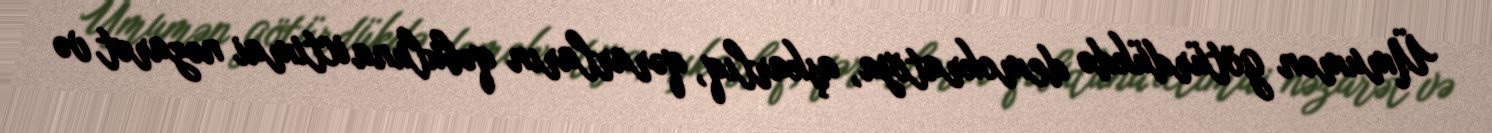
Ümumən götürdükdə demokratiya, aşkarlıq, qərarların qəbuluna ictimai nəzarət və